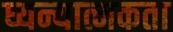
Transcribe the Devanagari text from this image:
ध्यन्यात्मकता